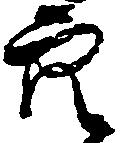
穴